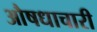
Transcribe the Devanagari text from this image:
औषधाचारी